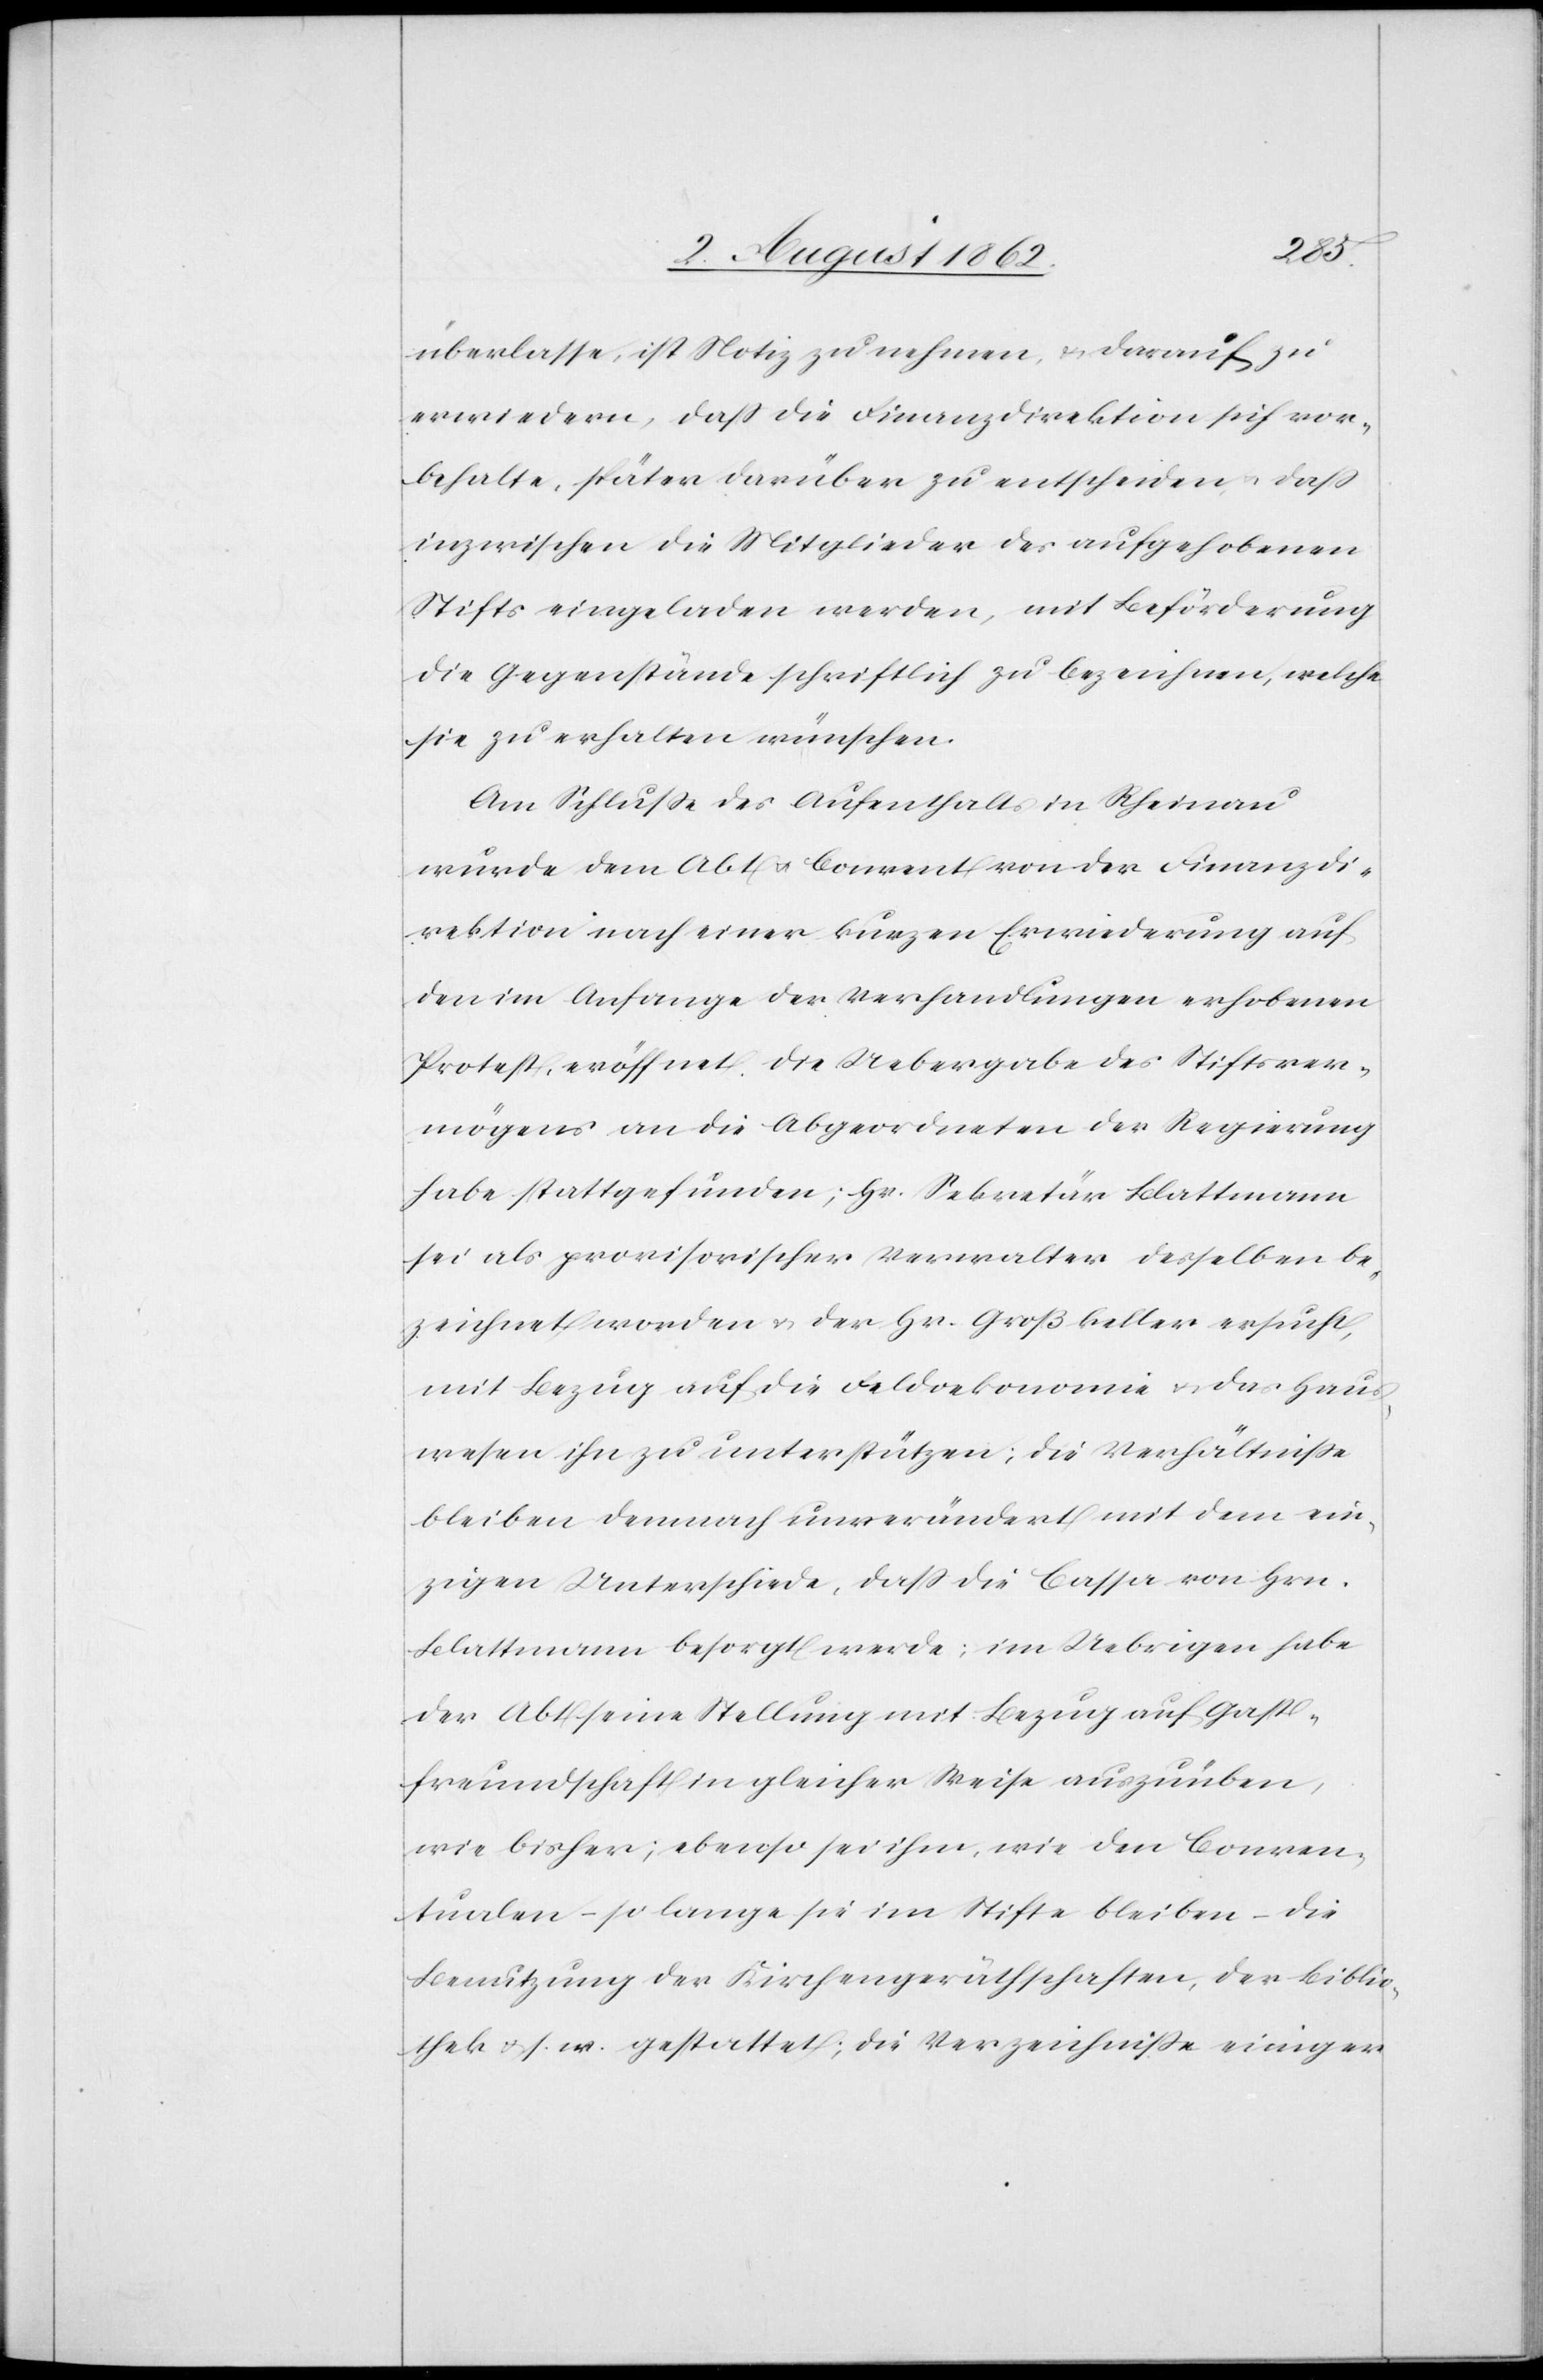
überlasse, ist Notiz zu nehmen, u. darauf zu
erwiedern, daß die Finanzdirektion sich vor¬
behalte, später darüber zu entscheiden, daß
inzwischen die Mitglieder des aufgehobenen
Stifts eingeladen werden, mit Beförderung
die Gegenstände schriftlich zu bezeichnen, welche
sie zu erhalten wünschen.
Am Schluße des Aufenthalts in Rheinau
wurde dem Abt u. Convent von der Finanzdi¬
rektion nach einer kurzen Erwiederung auf
den im Anfange der Verhandlungen erhobenen
Protest, eröffnet. Die Uebergabe des Stiftsver¬
mögens an die Abgeordneten der Regierung
habe stattgefunden; Hr. Sekretär Blattmann
sei als provisorischer Verwalter desselben be¬
zeichnet worden u. der Hr. Großkeller ersucht,
mit Bezug auf die Feldoekonomie u. das Haus¬
wesen ihn zu unterstützen; die Verhältniße
bleiben dennoch unverändert mit dem ein¬
zigen Unterschiede, daß die Cassa von Hrn.
Blattmann besorgt werde; im Uebrigen habe
der Abt seine Stellung mit Bezug auf Gast¬
freundschaft in gleicher Weise auszuüben,
wie bisher; ebenso sei ihm, wie den Conven¬
tualen – so lange sie im Stifte bleiben – die
Benutzung der Kirchengeräthschaften, der Biblio¬
thek u. s. w. gestattet; die Verzeichniße einiger